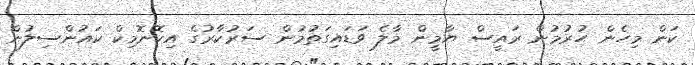
ކަން މިހެން ހުރުމުން ރައީސް ޔާމީން މާލެ ވަޑައިގަތުމުން ސަރުކާރުގެ އިކޮނޮމިކް ކައުންސިލުން